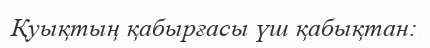
Қуықтың қабырғасы үш қабықтан: